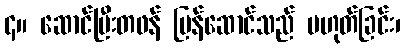
၄။ ဆောင်ပြီးတဖန် ပြန်ဆောင်သည် မဟုတ်ခြင်း၊